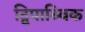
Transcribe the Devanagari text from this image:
द्विपाश्र्विक